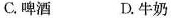
C.啤酒 D.牛奶